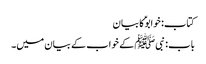
کتاب: خوابوؑ کا بیان
باب : نبیﷺ کے خواب کے بیان میں۔